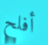
أفلح